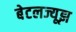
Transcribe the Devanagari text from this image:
बेटलज्यूझ